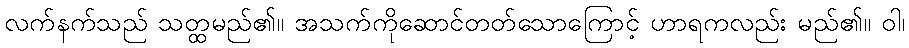
လက်နက်သည် သတ္ထမည်၏။ အသက်ကိုဆောင်တတ်သောကြောင့် ဟာရကလည်း မည်၏။ ဝါ၊